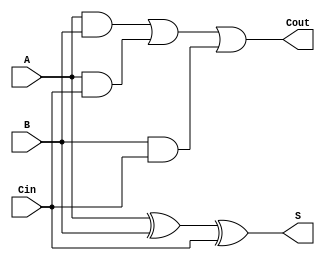
module FullAdder_m (S,Cout,A,B,Cin);
input A,B,Cin;
output Cout,S;
assign S = A ^ B ^ Cin;
assign Cout = (A & B)  |  (A & Cin)  |  (B & Cin);
endmodule